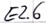
Text: E2.6